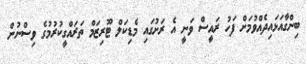
ބިންގާއަޅައިދެއްވުމަށް ފަހު ރައީސް ވަނީ އެ ރަށުގައި މެޑިކަލް ޓޫރިޒަމް ތަރައްގީކުރުމުގެ ވިސްނުން